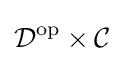
{\mathcal {D}}^{\text{op}}\times {\mathcal {C}}